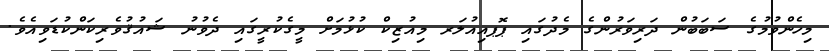
މިހެންވުމުގެ ސަބަބުން ދަރިވަރުންގެ މެދުގައި ޕޮޕއިއުލަރ މިއުޒިކް ކުޅުމަށް މީގެކުރީގައި ދެވުނު ޝައުޤުވެރިކަންކުޑަވިއެވެ.